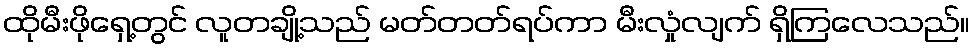
ထိုမီးဖိုရှေ့တွင် လူတချို့သည် မတ်တတ်ရပ်ကာ မီးလှုံလျက် ရှိကြလေသည်။